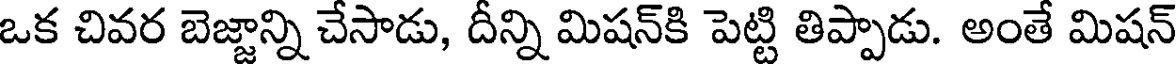
ఒక చివర బెజ్జాన్ని చేసాడు, దీన్ని మిషన్కి పెట్టి తిప్పాడు. అంతే మిషన్